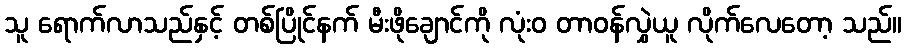
သူ ရောက်လာသည်နှင့် တစ်ပြိုင်နက် မီးဖိုချောင်ကို လုံးဝ တာဝန်လွှဲယူ လိုက်လေတော့ သည်။